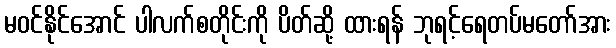
မဝင်နိုင်အောင် ပါလက်စတိုင်းကို ပိတ်ဆို့ ထားရန် ဘုရင့်ရေတပ်မတော်အား